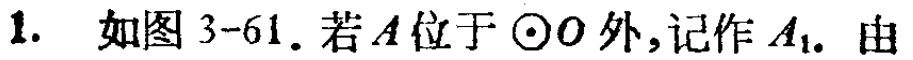
1. 如图3-61. 若\(A\)位于\(\odot O\)外,记作\(A_{1}\). 由